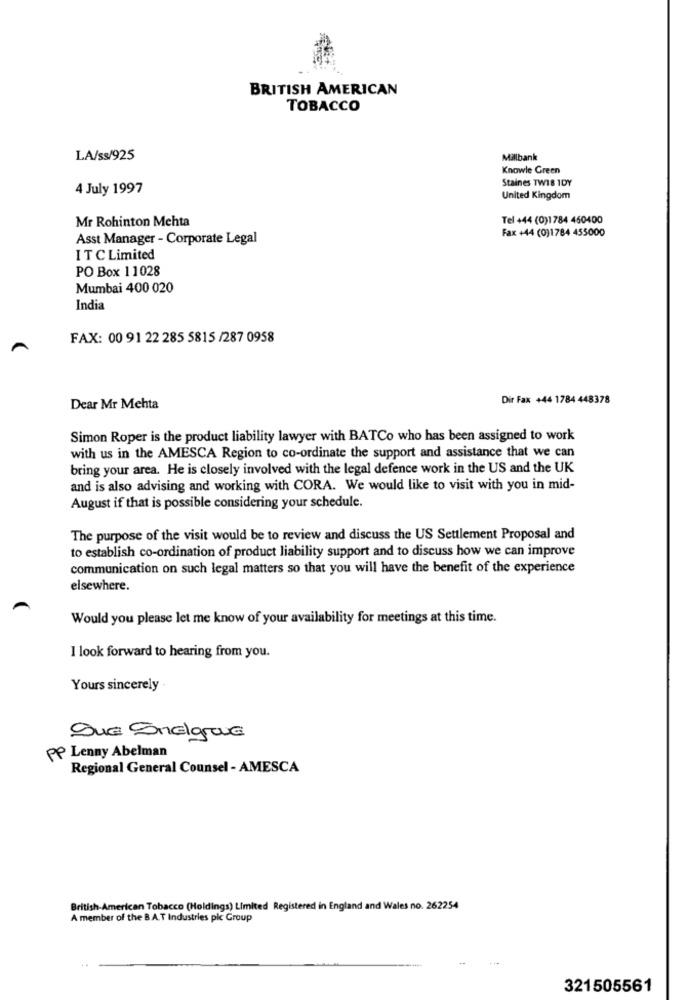
BRITISH AMERICAN
TOBACCO
LA/ss/925
Millbank
Knowle Green
Staines TWI8 1DY
4 July 1997
United Kingdom
Mr Rohinton Mehta
Tel +44 (0)1784 460400
Fax +44 (0)1784 455000
Asst Manager - Corporate Legal
IT C Limited
PO Box 11028
Mumbai 400 020
India
FAX: 00 91 22 285 5815 /287 0958
Dir Fax +44 1784 448378
Dear Mr Mehta
Simon Roper is the product liability lawyer with BATCo who has been assigned to work
with us in the AMESCA Region to co-ordinate the support and assistance that we can
bring your area. He is closely involved with the legal defence work in the US and the UK
and is also advising and working with CORA. We would like to visit with you in mid-
August if that is possible considering your schedule.
The purpose of the visit would be to review and discuss the US Settlement Proposal and
to establish co-ordination of product liability support and to discuss how we can improve
communication on such legal matters so that you will have the benefit of the experience
elsewhere.
Would you please let me know of your availability for meetings at this time.
I look forward to hearing from you.
Yours sincerely
que SonElque
PP Lenny Abelman
Regional General Counsel - AMESCA
British American Tobacco (Holdings) Limited Registered in England and Wales no. 262254
A member of the B.A.T Industries pic Group
321505561